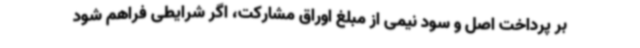
بر پرداخت اصل و سود نیمی از مبلغ اوراق مشارکت، اگر شرایطی فراهم شود